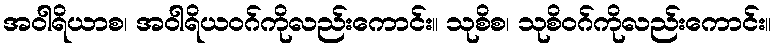
အဝါရိယာစ၊ အဝါရိယဝဂ်ကိုလည်းကောင်း။ သုစိစ၊ သုစိဝဂ်ကိုလည်းကောင်း။